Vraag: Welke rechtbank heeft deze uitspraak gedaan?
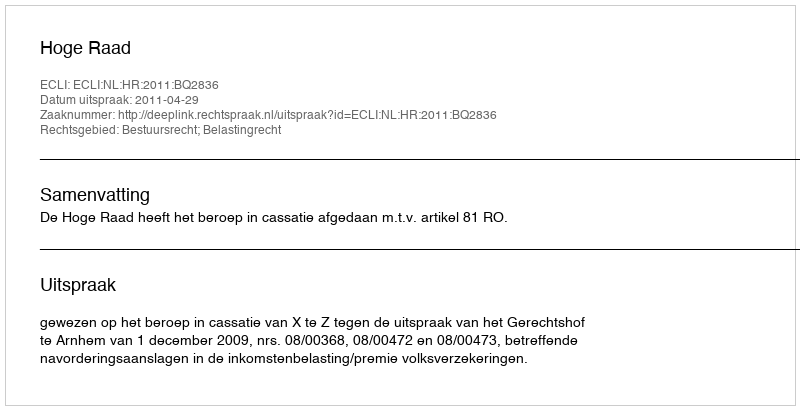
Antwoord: Hoge Raad